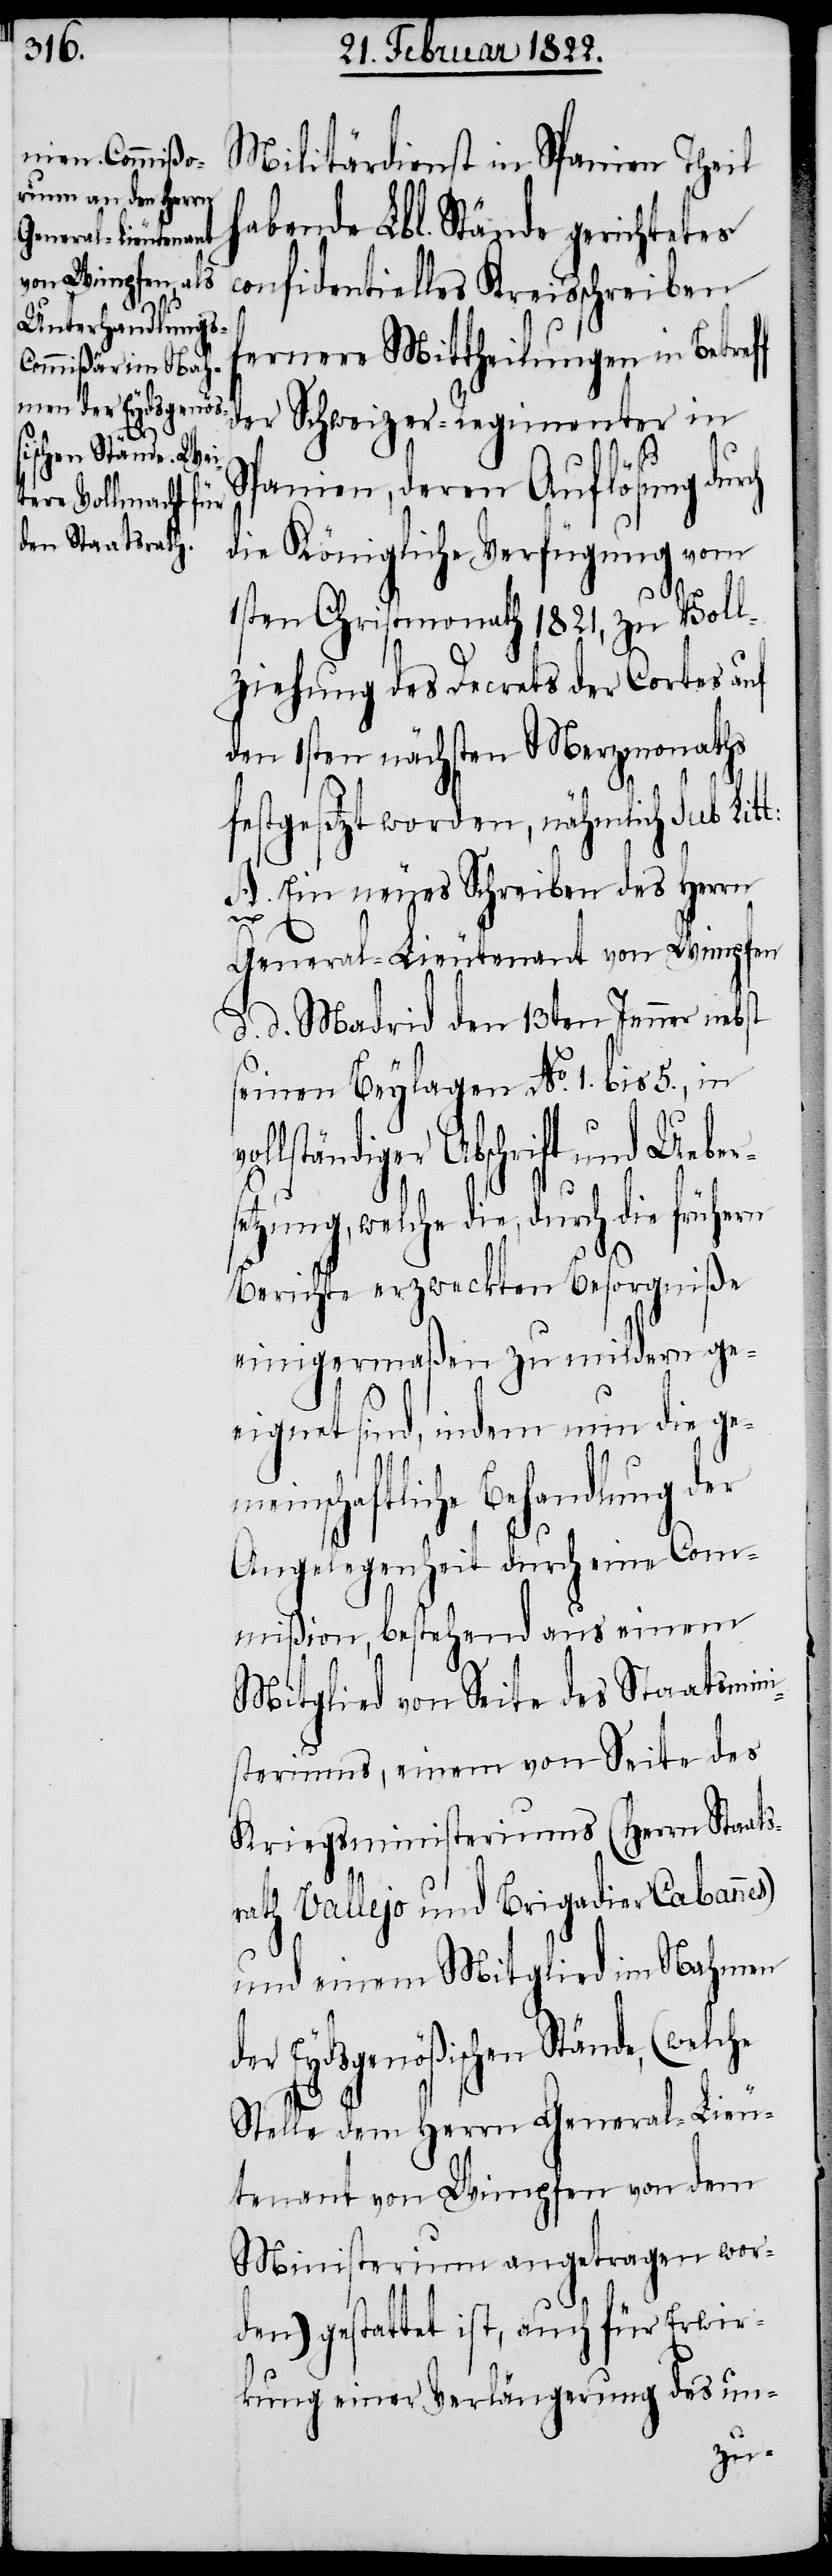
n der Eydsgenöß¬
ischen Stände, (we¬

Militärdienst in Spanien Theil
habende Lbl. Stände gerichtetes
confidentielles Kreisschreiben
fernere Mittheilungen in Betref¬
der Schweizer-Regimenter in
Spanien, deren Auflösung dur¬
die Königliche Verfügung vom
1sten Christmonath 1821, zu Voll¬
ziehung des Decrets der Cortes auf
den 1sten nächsten Merzmonaths
festgesetzt worden, nämlich sub Lit¬
A. ein neues Schreiben des Herrn
lche
General-Lieutenant von Wimpfen
d. d. Madrid den 13ten Jenner nebst
seinen Beylagen No. 1. bis 5., in
v¬
ollständiger Abschrift und Uebers¬
etzung, welche die, durch die frühern
Berichte erzweckten Besorgniße
einigermaßen zu mildern ge¬
eignet sind, indem nun die ge¬
nschaftliche Behandlung der
Angelegenheit durch eine Com¬
mißion, bestehend aus einem
Mitglied von Seite des Staatsmini¬
steriums, einem von Seite des
Kriegsministeriums (Herrn Staats¬
rath Vallejo und Brigadier Cabanne¬
und einem Mitglied im Nahme¬
Stelle dem Herrn General-Lieu¬
tenant von Wimpfen von dem
Ministerium angetragen wor¬
den) gestattet ist, auch für Erwir¬
kung einer Verlängerung des un-